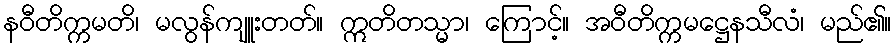
နဝီတိက္ကမတိ၊ မလွန်ကျူးတတ်။ ဣတိတသ္မာ၊ ကြောင့်။ အဝီတိက္ကမဋ္ဌေနသီလံ၊ မည်၏။